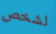
لشخص